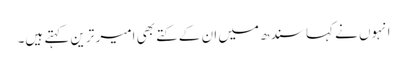
انہوں نے کہا سندھ میں ان کے کتے بھی امیر ترین کہتے ہیں۔